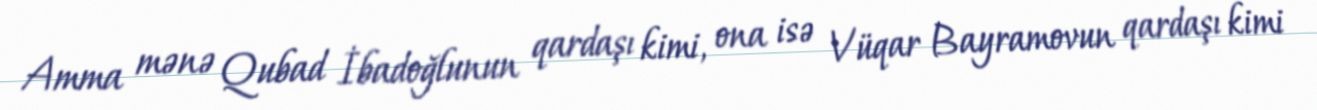
Amma mənə Qubad İbadoğlunun qardaşı kimi, ona isə Vüqar Bayramovun qardaşı kimi